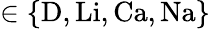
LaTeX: \in\{ \mathrm{D,Li,Ca,Na}\}